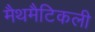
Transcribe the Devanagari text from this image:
मैथमैटिकली